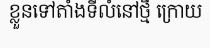
ខ្លួនទៅតាំងទីលំនៅថ្មី ក្រោយ